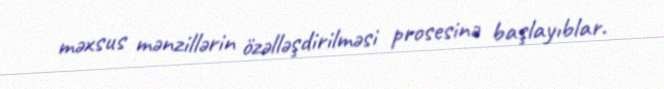
məxsus mənzillərin özəlləşdirilməsi prosesinə başlayıblar.